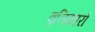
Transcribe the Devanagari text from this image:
वृत्तिकारों